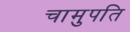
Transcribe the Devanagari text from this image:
चामुपति